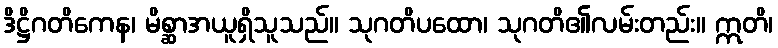
ဒိဋ္ဌိဂတိကေန၊ မိစ္ဆာအယူရှိသူသည်။ သုဂတိပထော၊ သုဂတိ၏လမ်းတည်း။ ဣတိ၊